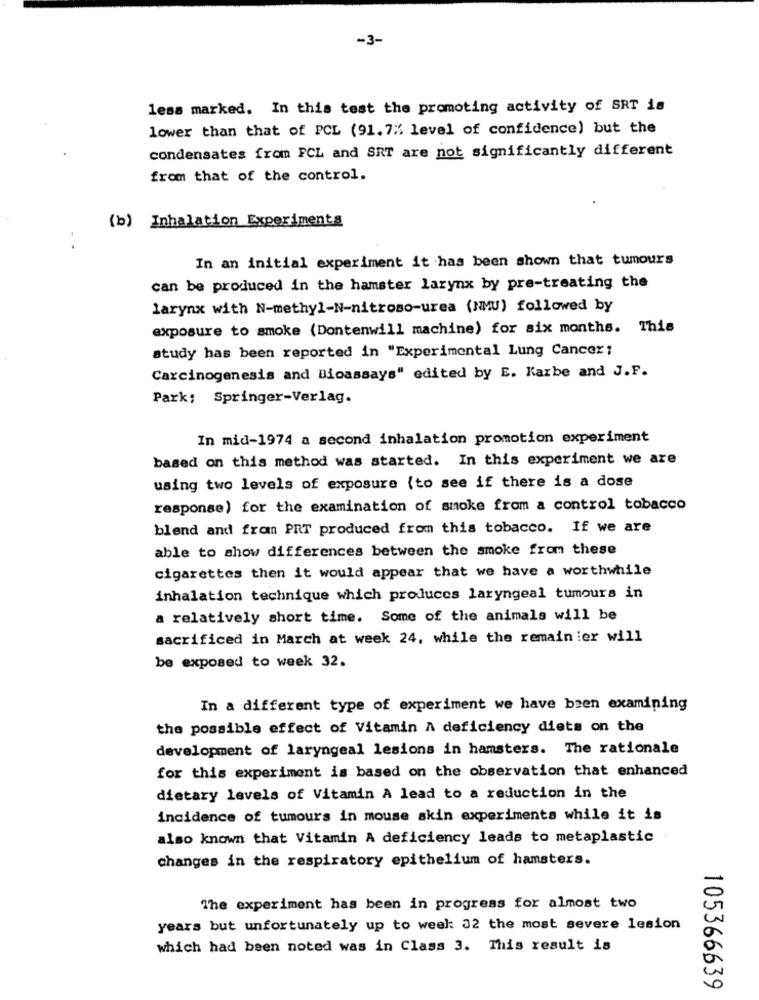
-3-
less marked. In this test the promoting activity of SRT is
lower than that of PCL (91.7%. level of confidence) but the
condensates from FCL and SRT are not significantly different
from that of the control.
(b) Inhalation Experiments
In an initial experiment it has been shown that tumours
can be produced in the hamster larynx by pre-treating the
larynx with N-methyl-N-nitroso-urea (NMU) followed by
exposure to smoke (Dontenwill machine) for six months. This
study has been reported in "Experimental Lung Cancer;
Carcinogenesis and Bioassays" edited by E. Karbe and J.F.
Park; Springer-Verlag.
In mid-1974 a second inhalation promotion experiment
based on this method was started. In this experiment we are
using two levels of exposure (to see if there is a dose
response) for the examination of smoke from a control tobacco
blend and from PRT produced from this tobacco. If we are
able to show differences between the smoke from these
cigarettes then it would appear that we have a worthwhile
inhalation technique which produces laryngeal tumours in
a relatively short time. Some of the animals will be
sacrificed in March at week 24, while the remain ier will
be exposed to week 32.
In a different type of experiment we have been examining
the possible effect of Vitamin A deficiency diets on the
development of laryngeal lesions in hamsters. The rationale
for this experiment is based on the observation that enhanced
dietary levels of Vitamin A lead to a reduction in the
incidence of tumours in mouse skin experiments while it is
also known that Vitamin A deficiency leads to metaplastic
changes in the respiratory epithelium of hamsters.
The experiment has been in progress for almost two
years but unfortunately up to weel: 32 the most severe lesion
which had been noted was in Class 3. This result is
105366639